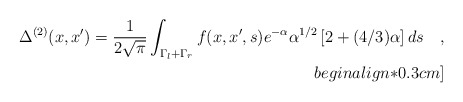
\begin{align*}\Delta^{(2)}(x,x') =\frac{1}{2\sqrt{\pi}}\int_{\Gamma_l+\Gamma_r}f(x,x',s) e^{-\alpha} \alpha^{1/2}\left[2 +(4/3)\alpha\right]ds \quad , \\begin{align*}0.3cm]\end{align*}